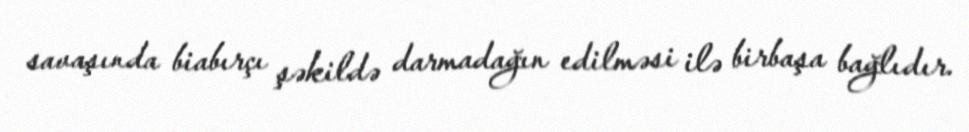
savaşında biabırçı şəkildə darmadağın edilməsi ilə birbaşa bağlıdır.